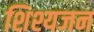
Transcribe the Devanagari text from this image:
शिश्यजन